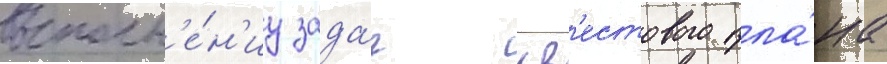
выполн'е́н'иу зада́ч кв'естового пла́на